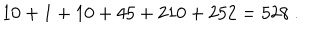
LaTeX: 1 0 + 1 + 1 0 + 4 5 + 2 1 0 + 2 5 2 = 5 2 8 \ .